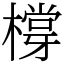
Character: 橕